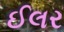
ઈલર